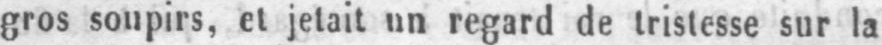
gros soupirs, et jetait un regard de tristesse sur la